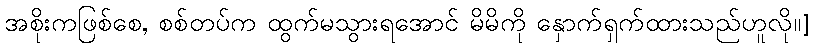
အစိုးကဖြစ်စေ, စစ်တပ်က ထွက်မသွားရအောင် မိမိကို နှောက်ရှက်ထားသည်ဟူလို။]